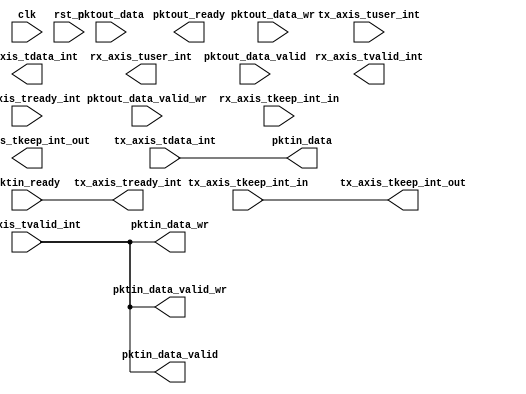
/////////////////////////////////////////////////////////////////
// NUDT.  All rights reserved.
//*************************************************************
//                     Basic Information
//*************************************************************
//Vendor: NUDT
//FAST URL://www.fastswitch.org 
//Target Device: Xilinx
//Version: 1.0
//*************************************************************
//                     Module Description
//*************************************************************
// 1)support wrapper between AXIS and FAST UM
//*************************************************************
//                     Revision List
//*************************************************************
//	rn1: 
//      modifier: 
//      description: 
///////////////////////////////////////////////////////////////// 
module ds_wrapper #(
    parameter PLATFORM = "Xilinx"
)(
    input  wire clk,
    input  wire rst_n,

    //TX side write signals
    input  wire [255:0] tx_axis_tdata_int,
    input  wire [31:0]  tx_axis_tkeep_int_in,
    input  wire         tx_axis_tvalid_int,
    output wire         tx_axis_tready_int,
    input  wire [127:0] tx_axis_tuser_int,

    //RX side read signals
    output wire [255:0] rx_axis_tdata_int,
    output wire [31:0]  rx_axis_tkeep_int_out,
    output wire         rx_axis_tvalid_int,
    input  wire         rx_axis_tready_int,
    output wire [127:0] rx_axis_tuser_int,

    //fast side write signals
    output wire [255:0] pktin_data,
    output wire         pktin_data_wr,
    output wire         pktin_data_valid,
    output wire [31:0]  tx_axis_tkeep_int_out,
    output wire         pktin_data_valid_wr,

    input  wire         pktin_ready,

    //fast side read signals
    input  wire [255:0] pktout_data,
    input  wire         pktout_data_wr,
    input  wire         pktout_data_valid,
    input  wire         pktout_data_valid_wr,
    input  wire [31:0]  rx_axis_tkeep_int_in,
    output wire         pktout_ready
);

//except tkeep, and fast_valid_wr, we can just wrap everything else.
//TX path
assign pktin_data = tx_axis_tdata_int;
assign pktin_data_wr = tx_axis_tvalid_int;
assign pktin_data_valid = tx_axis_tvalid_int;
assign tx_axis_tkeep_int_out = tx_axis_tkeep_int_in;
assign pktin_data_valid_wr = tx_axis_tvalid_int;
assign tx_axis_tready_int = pktin_ready;

//MD is a bit of tricky here


endmodule